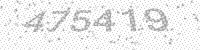
Solution: 475419